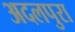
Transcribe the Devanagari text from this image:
अदलपुरा